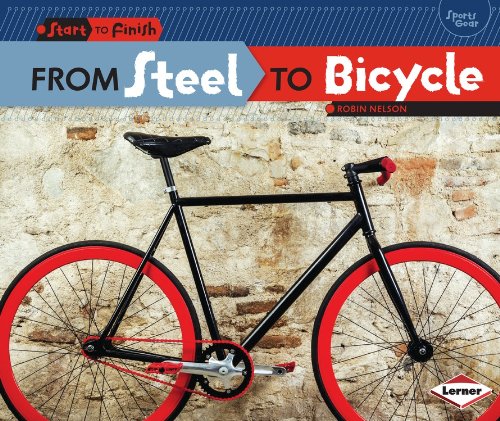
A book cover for From Steel to Bicycle (Start to Finish: Sports Gear); Robin Nelson; Children's Books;